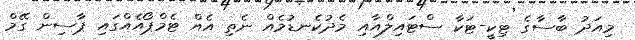
މިއަދު ބާސާގެ ޓިކީ-ޓަކާ ސްޓައިލްއާއި މެދުކެނޑުމެއް ނެތި އެއް ޓެމްޕޯއެއްގައި ޕާސިން ގޭމް